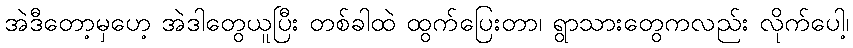
အဲဒီတော့မှဟေ့ အဲဒါတွေယူပြီး တစ်ခါထဲ ထွက်ပြေးတာ၊ ရွာသားတွေကလည်း လိုက်ပေါ့၊